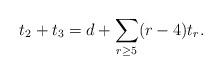
LaTeX: \begin{align*}t_{2} + t_{3} = d + \sum_{r\geq 5}(r-4)t_{r}.\end{align*}